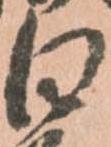
白